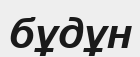
бұдұн